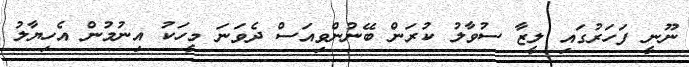
ނޫނީ ފަހަރުގައި ލީޒާ ސުވާލު ކުރަން ބޭނުންވިއަސް ދެވަނަ މީހަކު އިނުމުން އެހިޔާލު